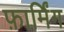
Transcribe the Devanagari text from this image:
फ़ार्मिंग